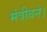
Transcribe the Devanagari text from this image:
मंत्रीबने।